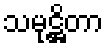
သမုဋ္ဌိတာ